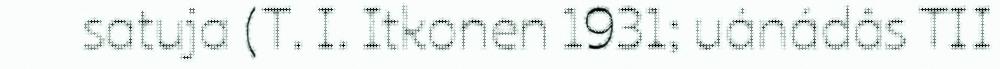
satuja (T. I. Itkonen 1931; uánádâs TII